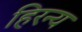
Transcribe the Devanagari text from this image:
हिरन्य